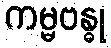
ကမ္မဗန္ဓု